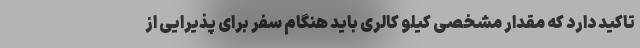
تاکید دارد که مقدار مشخصی کیلو کالری باید هنگام سفر برای پذیرایی از